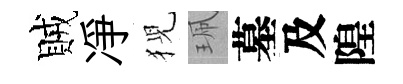
賊凈猊珮墓及隍